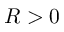
R > 0